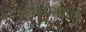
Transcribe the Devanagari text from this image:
भयैभ्यस्त्राहि